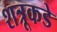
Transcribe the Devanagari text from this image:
शत्रूकडे